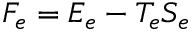
F _ { e } = E _ { e } - T _ { e } S _ { e }